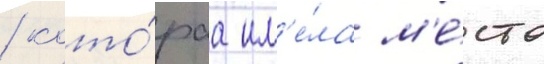
/ кото́раа им'е́ла м'е́сто